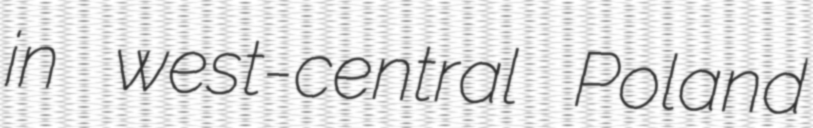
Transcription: in west-central Poland